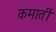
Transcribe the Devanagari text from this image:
कमातीं